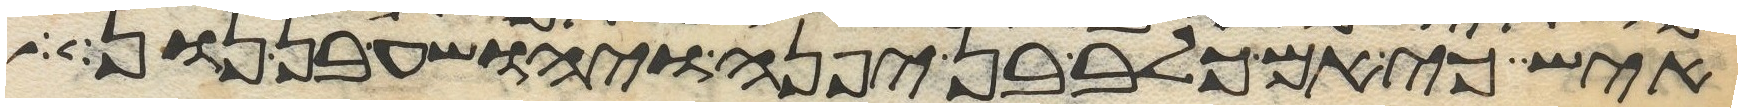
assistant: איש כי אם כלב בן יפנה ויהושע בן נון